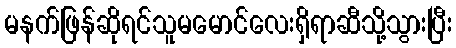
မနက်ဖြန်ဆိုရင်သူမမောင်လေးရှိရာဆီသို့သွားပြီး